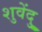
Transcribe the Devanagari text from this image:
शुवेंदु